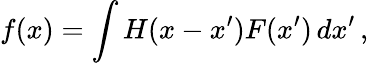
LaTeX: f(x)=\int H(x-x^{\prime})F(x^{\prime})\, dx^{\prime}\, ,